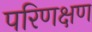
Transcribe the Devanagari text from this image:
परिणक्षण